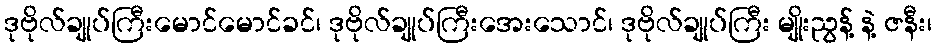
ဒုဗိုလ်ချုပ်ကြီးမောင်မောင်ခင်၊ ဒုဗိုလ်ချုပ်ကြီးအေးသောင်၊ ဒုဗိုလ်ချုပ်ကြီး မျိုးညွန့် နဲ့ ဇနီး၊